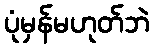
ပုံမှန်မဟုတ်ဘဲ